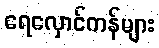
ရေလှောင်ကန်များ